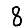
Digit: 8